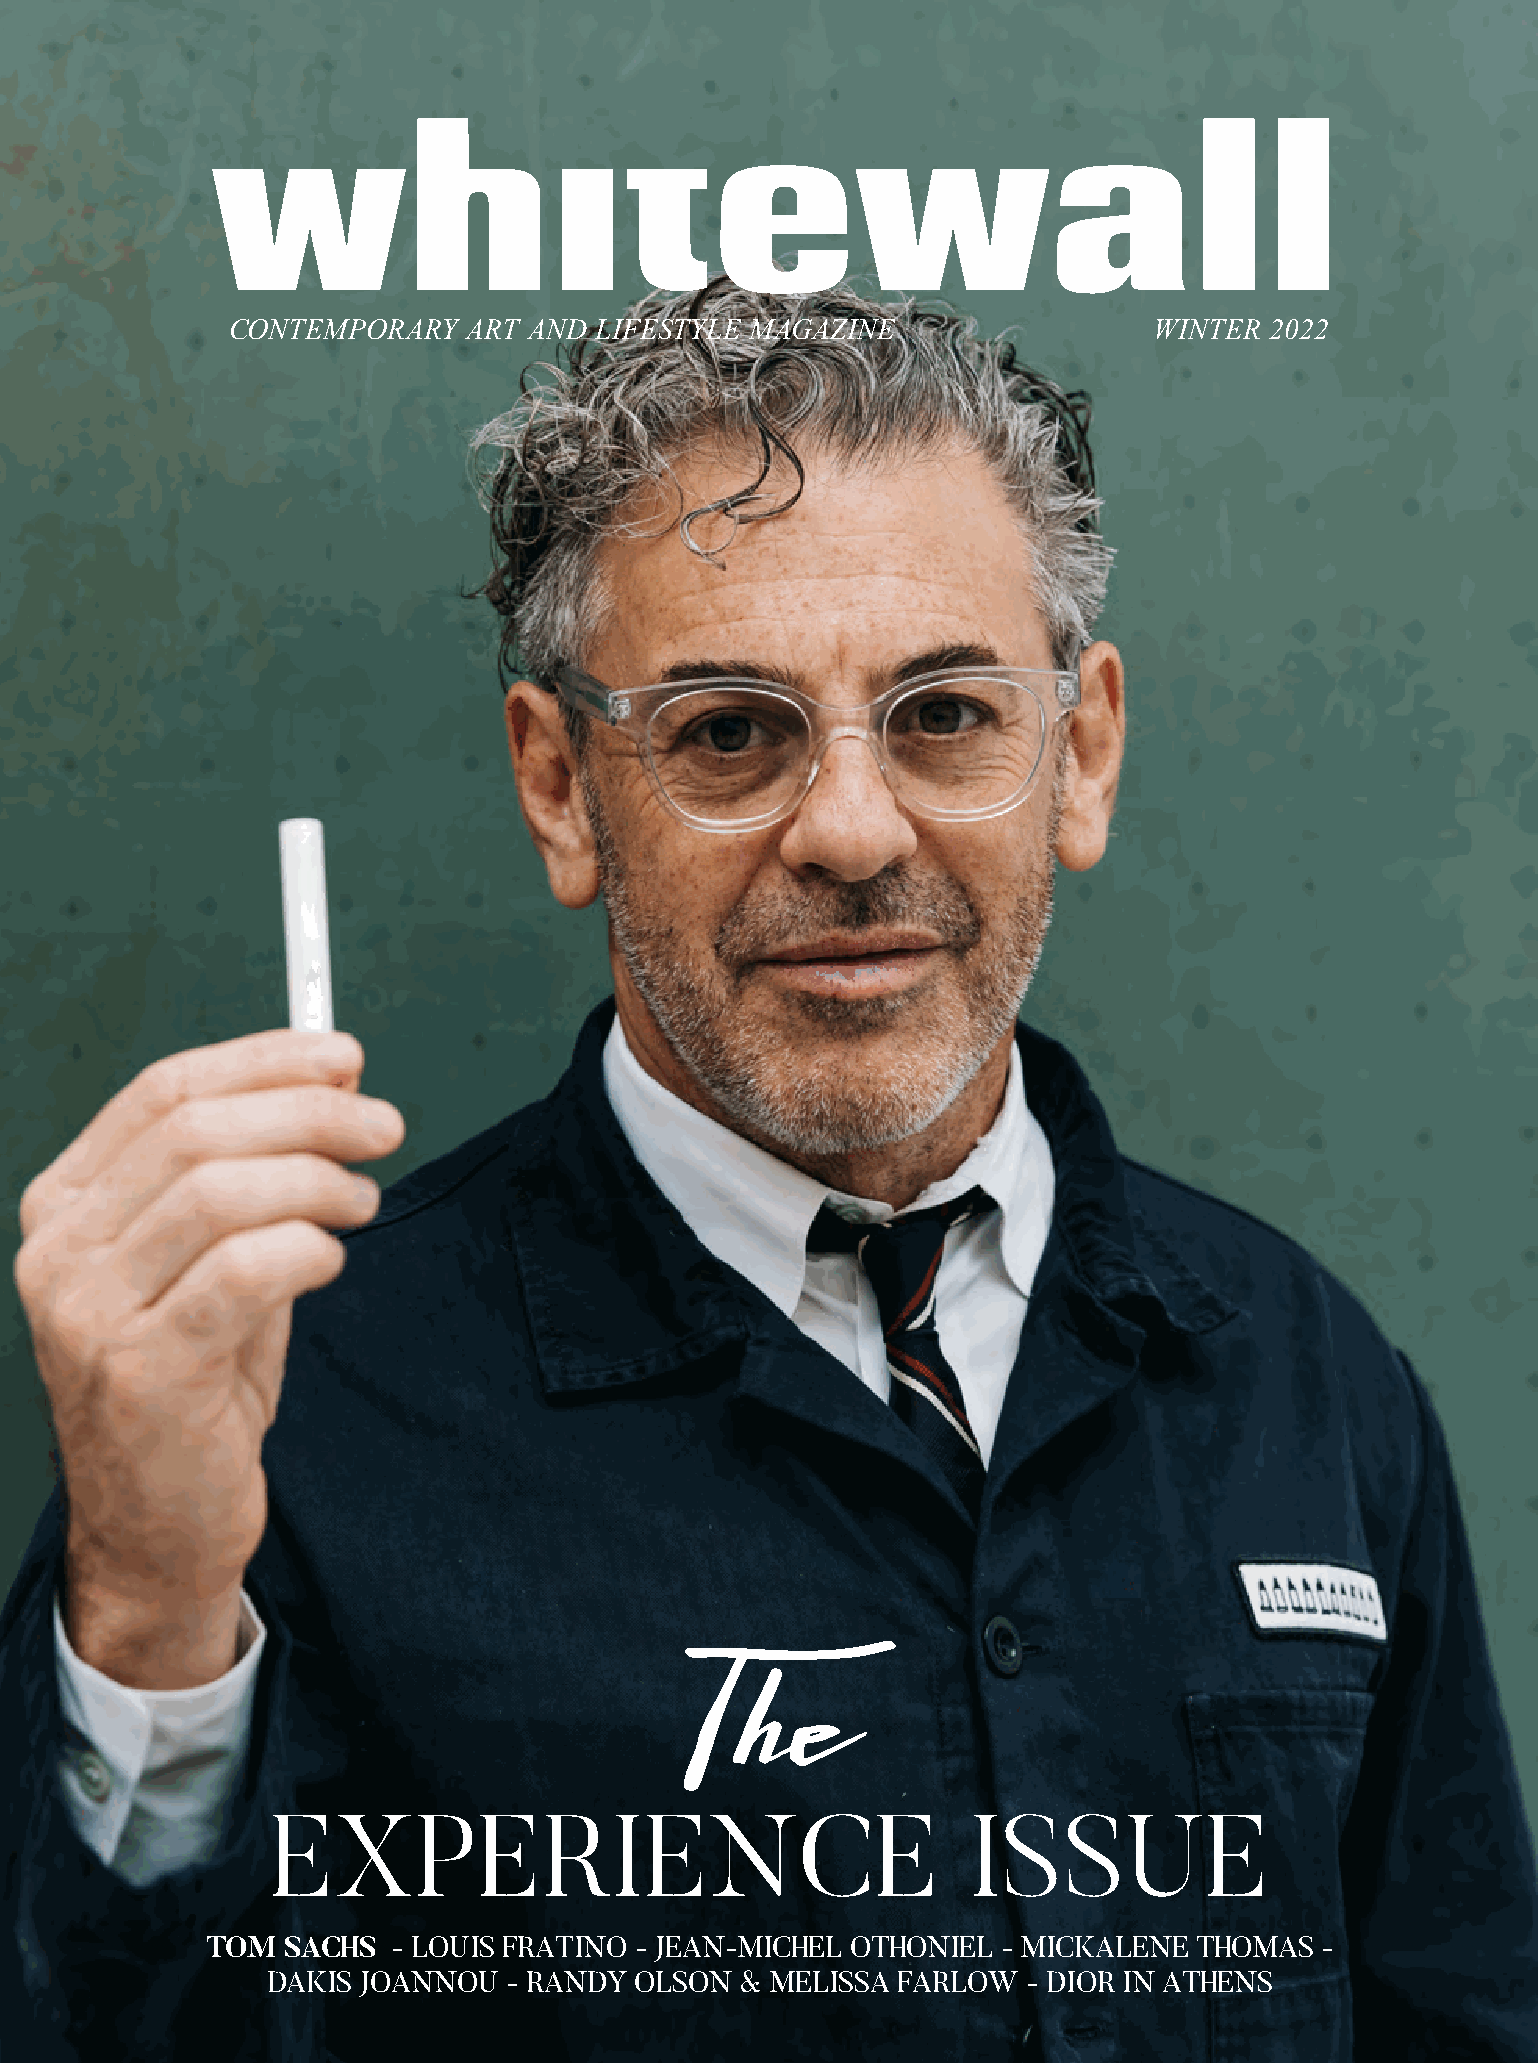
CONTEMPORARY    ART AND LIFESTYLE  MAGAZINE                  WINTER  2022
 T  h   e
 EXPERIENCE                                    ISSUE
 TOM  SACHS  - LOUIS FRATINO - JEAN-MICHEL OTHONIEL  - MICKALENE  THOMAS   -
 DAKIS JOANNOU   - RANDY OLSON  & MELISSA FARLOW   - DIOR IN ATHENS
 WHITEWALL 1
 CONTEMPORARY
 ART
 AND
 LIFESTYLE
 MAGAZINE
 ISSUE
 64
 –
 WINTER
 2022
 $25
 USD
 /
 19
 EUR
 WHITEWALL.ART